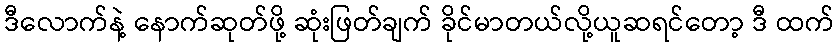
ဒီလောက်နဲ့ နောက်ဆုတ်ဖို့ ဆုံးဖြတ်ချက် ခိုင်မာတယ်လို့ယူဆရင်တော့ ဒီ ထက်